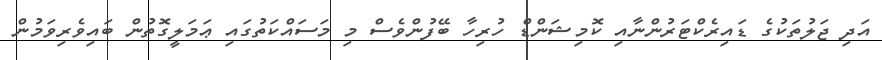
އަދި ޖަލުތަކުގެ ޑައިރެކްޓަރުންނާއި ކޮމިޝަންޑް ހުރިހާ ބޭފުުންވެސް މި މަސައްކަތުގައި ޢަމަލީގޮތުން ބައިވެރިވަމުން